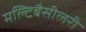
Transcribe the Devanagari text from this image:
मल्टिबैसीलरी